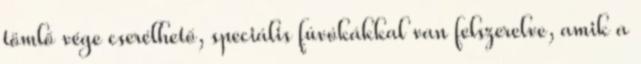
tömlő vége cserélhető, speciális fúvókákkal van felszerelve, amik a